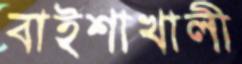
বাইশাখালী